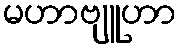
မဟာဗျူဟာ